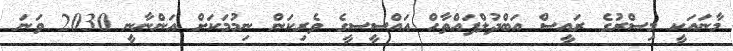
މާނައަކީ މިސްރުގެ ރައީސް އަބްދުލްފައްތާހް އައްސީސީގެ ވެރިކަން ނިމުމަކަށް އަންނާނީ 2030 ވަނަ